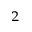
^ 2